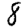
Digit: 8